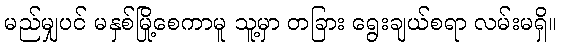
မည်မျှပင် မနှစ်မြို့စေကာမူ သူ့မှာ တခြား ရွေးချယ်စရာ လမ်းမရှိ။